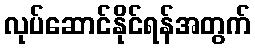
လုပ်ဆောင်နိုင်ရန်အတွက်